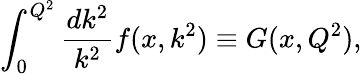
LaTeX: \int_{0}^{Q^{2}}\frac{dk^{2}}{k^{2}}f(x,k^{2})\equiv G(x,Q^{2}),